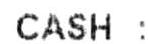
CASH :